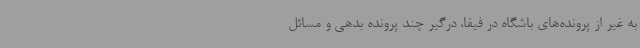
به غیر از پرونده‌های باشگاه در فیفا، درگیر چند پرونده بدهی و مسائل